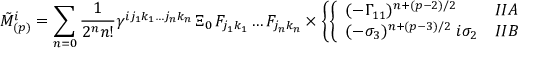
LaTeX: \tilde { M } _ { ( p ) } ^ { i } = \sum _ { n = 0 } { \frac { 1 } { 2 ^ { n } n ! } } \gamma ^ { i j _ { 1 } k _ { 1 } \dots j _ { n } k _ { n } } \, \Xi _ { 0 } \, { \cal F } _ { j _ { 1 } k _ { 1 } } \dots { \cal F } _ { j _ { n } k _ { n } } \times \left\{ \left\{ \begin{array} { l l } { { ( - \Gamma _ { 1 1 } ) ^ { n + ( p - 2 ) / 2 } } } & { { I I A } } \\ { { ( - \sigma _ { 3 } ) ^ { n + ( p - 3 ) / 2 } \; i \sigma _ { 2 } } } & { { I I B } } \end{array} \right. \right.